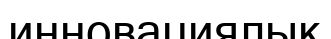
инновациялық